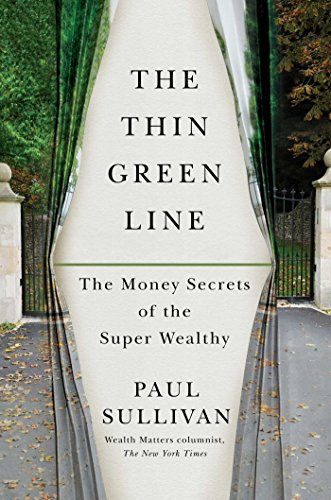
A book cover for The Thin Green Line: The Money Secrets of the Super Wealthy; Paul Sullivan; Business & Money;